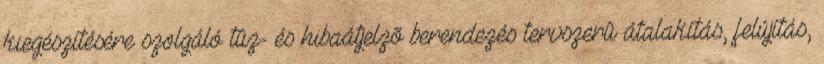
kiegészítésére szolgáló tûz- és hibaátjelzõ berendezés tervszerû átalakítás, felújítás,